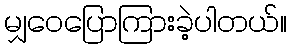
မျှဝေပြောကြားခဲ့ပါတယ်။